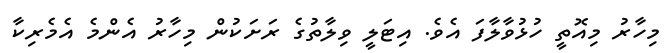
މިހާރު މިއޮތީ ހުޅުވާލާފަ އެވެ. އިޓަލީ ވިލާތުގެ ރަށަކުން މިހާރު އެންމެ އެމެރިކާ